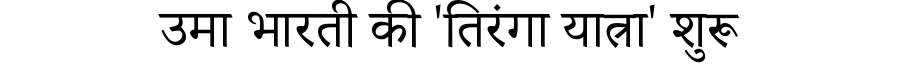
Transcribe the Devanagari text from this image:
उमा भारती की 'तिरंगा यात्रा' शुरू